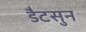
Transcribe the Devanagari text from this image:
डैटसुन